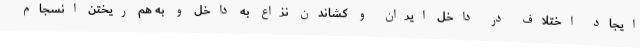
ایجاد اختلاف در داخل ایران و کشاندن نزاع به داخل و به هم ریختن انسجام